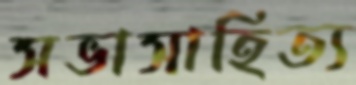
সভাসাহিত্য